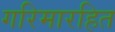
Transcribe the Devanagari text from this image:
गरिमारहित